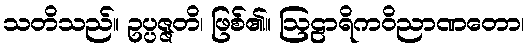
သတိသည်။ ဥပ္ပဇ္ဇတိ၊ ဖြစ်၏။ ဩဠာရိကဝိညာဏတော၊